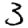
Digit: 3